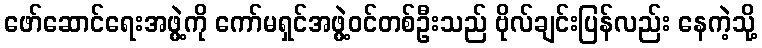
ဖော်ဆောင်ရေးအဖွဲ့ကို ကော်မရှင်အဖွဲ့ဝင်တစ်ဦးသည် ဗိုလ်ချင်းပြန်လည်း နေကဲ့သို့